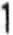
1